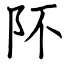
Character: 阫